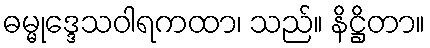
ဓမ္မုဒ္ဒေသဝါရကထာ၊ သည်။ နိဋ္ဌိတာ။